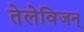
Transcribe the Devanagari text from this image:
तेलेविजन्